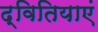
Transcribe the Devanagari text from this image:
द्वितियाएं